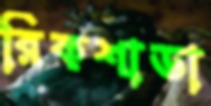
রিকশাডা